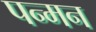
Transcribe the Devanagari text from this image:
पन्मन